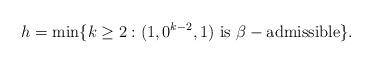
LaTeX: \begin{align*}h=\min\{k\geq 2:(1,0^{k-2},1) {\rm\ is\ \beta-admissible}\}.\end{align*}